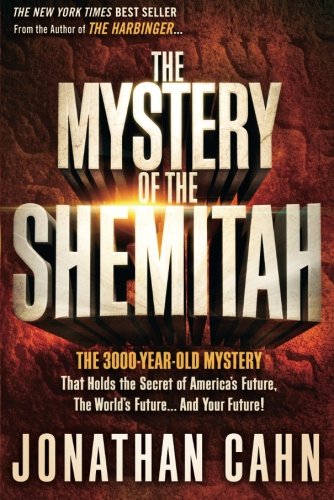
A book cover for The Mystery of the Shemitah: The 3,000-Year-Old Mystery That Holds the Secret of America's Future, the World's Future, and Your Future!; Jonathan Cahn; Christian Books & Bibles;